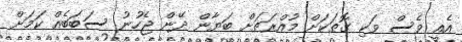
އެއީ ވެސް ވަކި ގޮތަކަށް މުއްރަތަށް ބަޔާން ދޭން ޖެހުނު ސަބަބެއް ކަމަށް